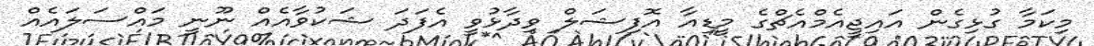
މިކަމާ ގުޅިގެން އައިޖީއެމްއެޗްގެ މީޑިއާ އޮފިޝަލް ވިދާޅުވީ އެފަދަ ޝަކުވާއެއް ނޫނީ މައްސަލައެއް